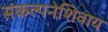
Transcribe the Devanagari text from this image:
संकल्पनेशिवाय